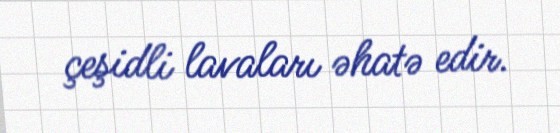
çeşidli lavaları əhatə edir.